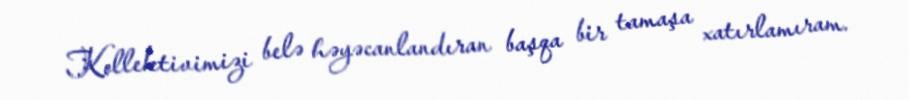
Kollektivimizi belə həyəcanlandıran başqa bir tamaşa xatırlamıram.